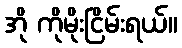
အို ကိုမိုးငြိမ်းရယ်။